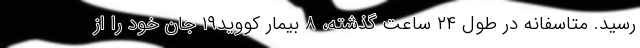
رسید. متاسفانه در طول ۲۴ ساعت گذشته، ۸ بیمار کووید۱۹ جان خود را از